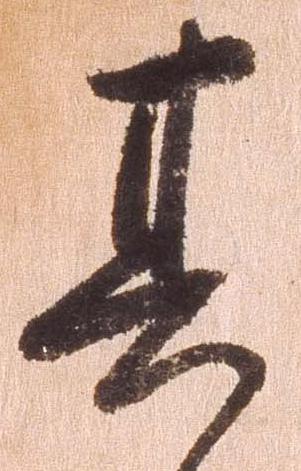
其